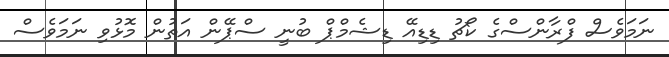
ނަމަވެސް ފްރާންސްގެ ކޯޗު ޑިޑިއޭ ޑިޝެމްޕް ބުނީ ސްޕޭން އަތުން މޮޅުވި ނަމަވެސް